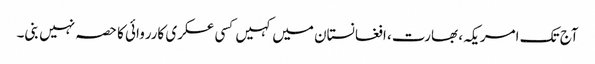
آج تک امریکہ، بھارت، افغانستان میں کہیں کسی عسکری کارروائی کا حصہ نہیں بنی۔